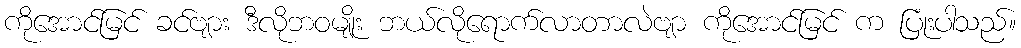
ကိုအောင်မြင် ခင်ဗျား ဒီလိုဘဝမျိုး ဘယ်လိုရောက်လာတာလဲဗျာ ကိုအောင်မြင် က ပြုံးပါသည်။